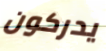
يدركون